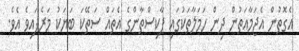
އެގޮތުން އެޖަމާއަތުން ދިން ހަމަލާތަކުގައި ޕާކިސްތާންގެ އެތައް ސަތޭކަ ބަޔަކު މަރެފައިވެ އެވެ.